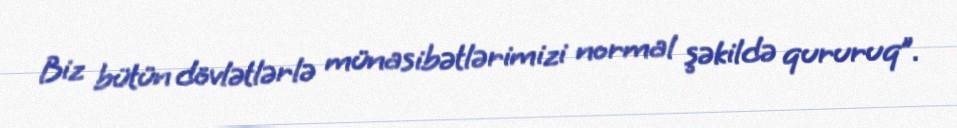
Biz bütün dövlətlərlə münasibətlərimizi normal şəkildə qururuq”.